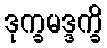
ဒုက္ခမဒ္ဒက္ခိ